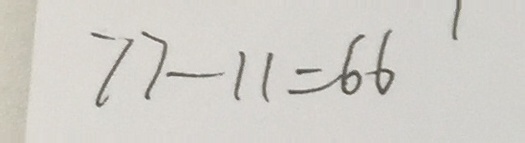
7 7 - 1 1 = 6 6